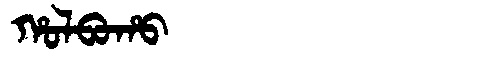
Manchu: ᡥᠣᠯᠪᠣᡥᠣ
Romanization: HOLBOHO